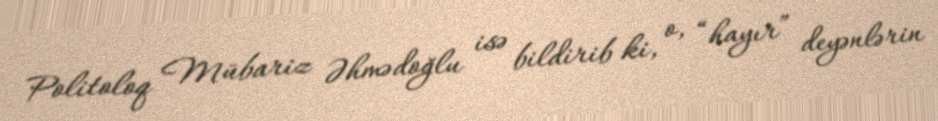
Politoloq Mübariz Əhmədoğlu isə bildirib ki, o, “hayır” deyənlərin